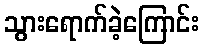
သွားရောက်ခဲ့ကြောင်း